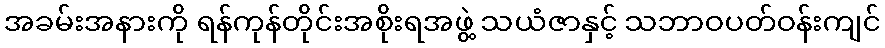
အခမ်းအနားကို ရန်ကုန်တိုင်းအစိုးရအဖွဲ့ သယံဇာနှင့် သဘာဝပတ်ဝန်းကျင်